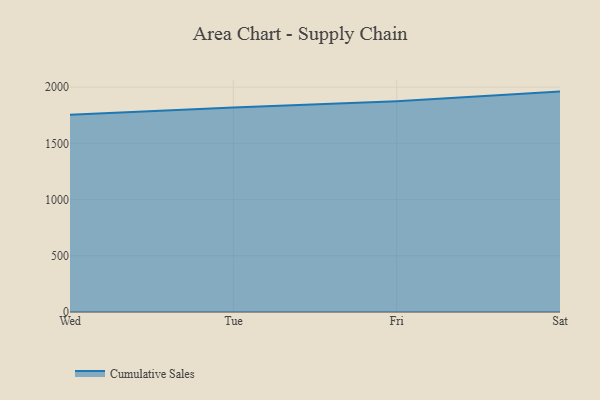
{"axis": {"x": "Day", "y": "Operating Costs (USD K)"}, "legend": ["Cumulative Sales"], "data": [{"x": "Wed", "y": 1754.8, "type": "Cumulative Sales"}, {"x": "Tue", "y": 1818.5, "type": "Cumulative Sales"}, {"x": "Fri", "y": 1874.5, "type": "Cumulative Sales"}, {"x": "Sat", "y": 1960.0, "type": "Cumulative Sales"}]}